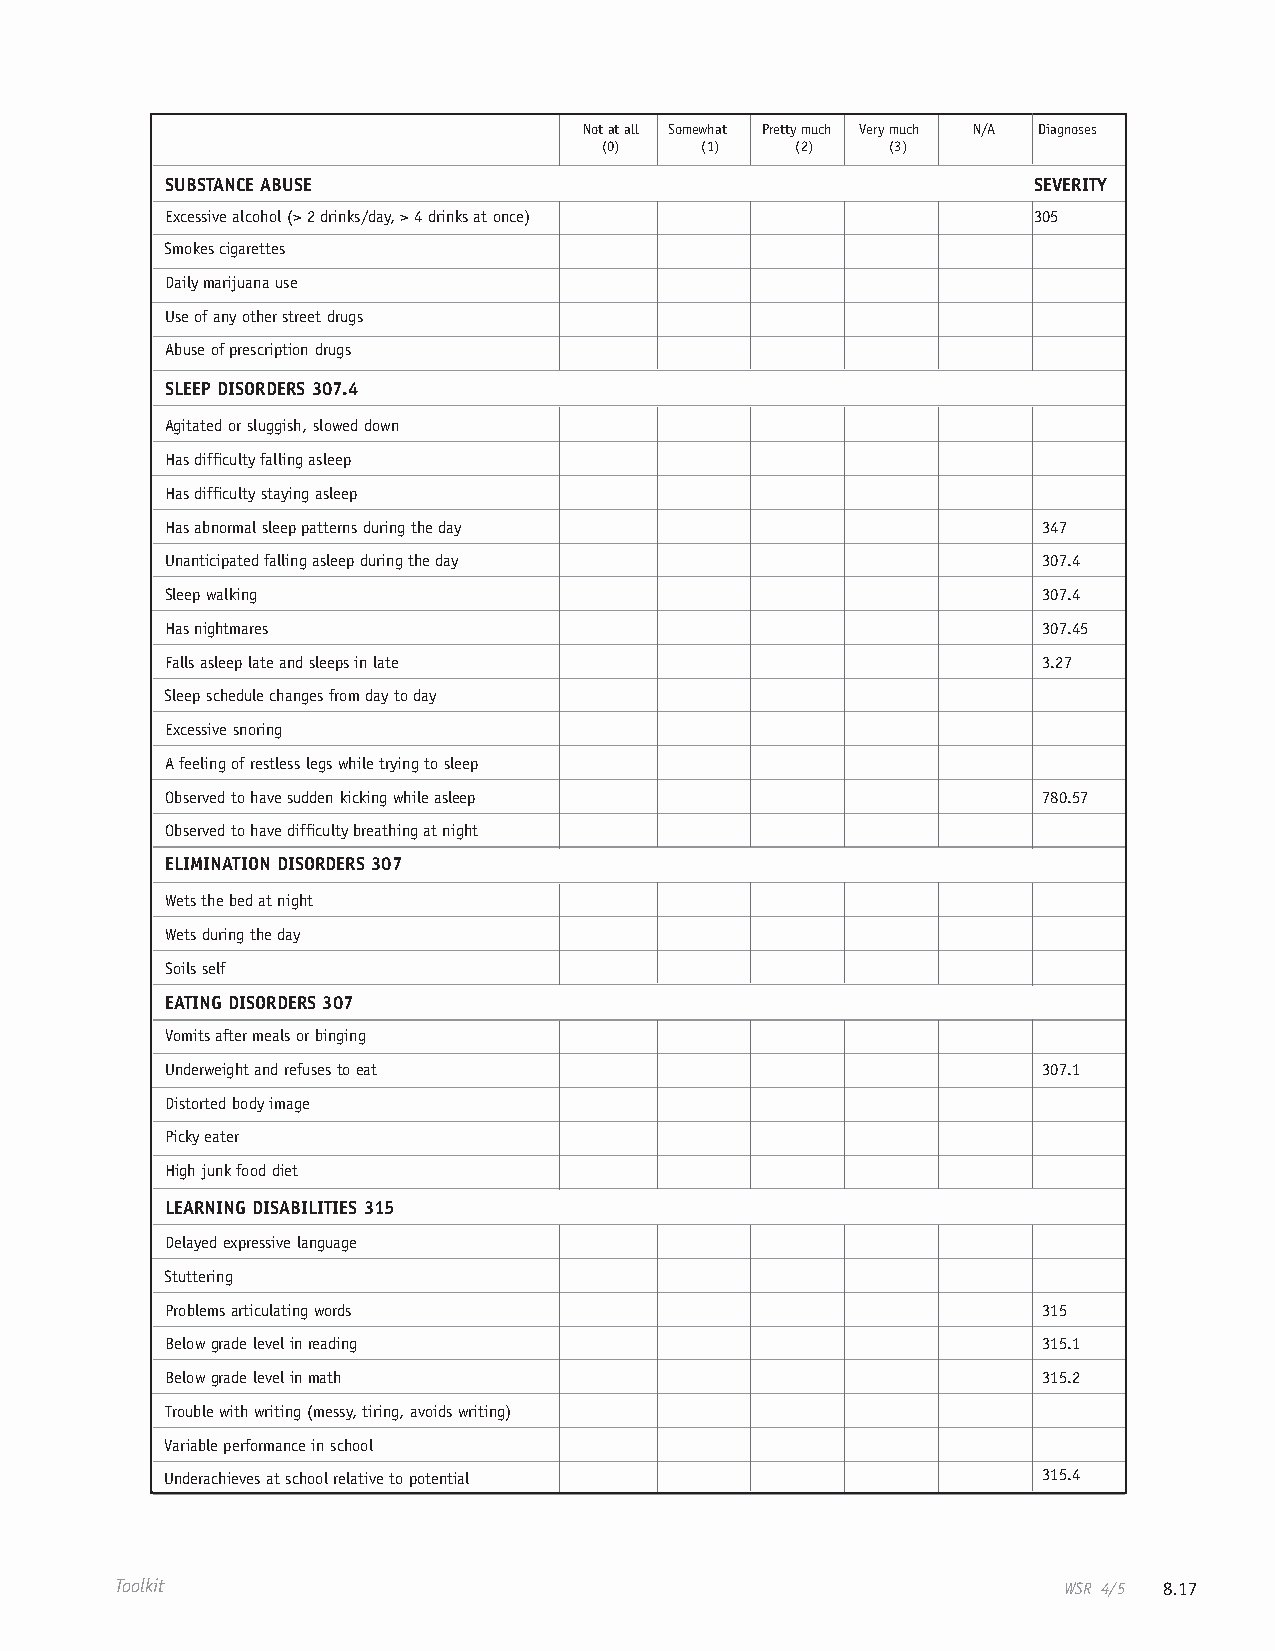
Not at all Somewhat Pretty much Very much N/A Diagnoses
 (0)   (1)    (2)   (3)
 SUBSTANCE ABUSE                                          SEVERITY
 Excessive alcohol (> 2 drinks/day, > 4 drinks at once)   305
 Smokes cigarettes
 Daily marijuana use
 Use of any other street drugs
 Abuse of prescription drugs
 SLEEP DISORDERS 307.4
 Agitated or sluggish, slowed down
 Has difficulty falling asleep
 Has difficulty staying asleep
 Has abnormal sleep patterns during the day                347
 Unanticipated falling asleep during the day               307.4
 Sleep walking                                             307.4
 Has nightmares                                            307.45
 Falls asleep late and sleeps in late                      3.27
 Sleep schedule changes from day to day
 Excessive snoring
 A feeling of restless legs while trying to sleep
 Observed to have sudden kicking while asleep              780.57
 Observed to have difficulty breathing at night
 ELIMINATION DISORDERS 307
 Wets the bed at night
 Wets during the day
 Soils self
 EATING DISORDERS 307
 Vomits after meals or binging
 Underweight and refuses to eat                            307.1
 Distorted body image
 Picky eater
 High junk food diet
 LEARNING DISABILITIES 315
 Delayed expressive language
 Stuttering
 Problems articulating words                               315
 Below grade level in reading                              315.1
 Below grade level in math                                 315.2
 Trouble with writing (messy, tiring, avoids writing)
 Variable performance in school
 Underachieves at school relative to potential             315.4
 Toolkit                                                       WSR 4/5 8.17